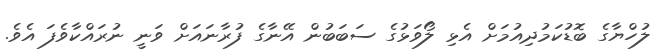
ލުހްޔާގެ ބޮޑުކަމުދިއުމަށް އެޅި ލޯވަޅުގެ ސަބަބުން އޭނާގެ ފުރާނައަށް ވަނީ ނުރައްކާވެފަ އެވެ.